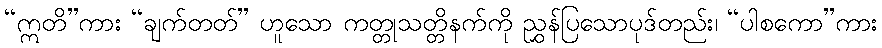
“ဣတိ”ကား “ချက်တတ်” ဟူသော ကတ္တုသတ္တိနက်ကို ညွှန်ပြသောပုဒ်တည်း၊ “ပါစကော”ကား